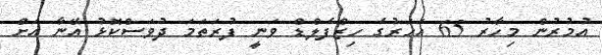
އުމުރުން މިހާރު 65 އަހަރުގެ ހިޒްފެލްޑް ވަނީ ފުރަތަމަ ދުވަސްކޮޅު އޭނާ އަށް